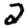
Digit: 2